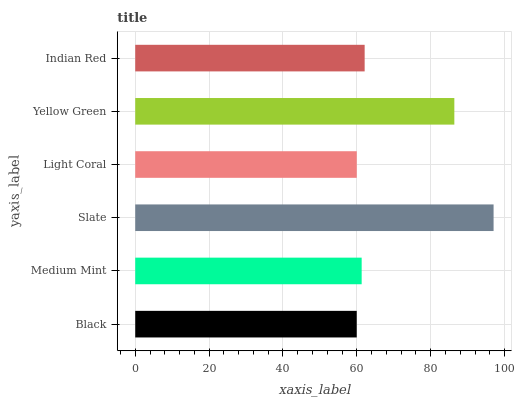
| yaxis_label | bars |
 | --- | --- |
 | Black | 60 |
 | Medium Mint | 61.3 |
 | Slate | 97 |
 | Light Coral | 60 |
 | Yellow Green | 86.4 |
 | Indian Red | 62.1 |